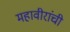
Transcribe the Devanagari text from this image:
महावीरांची